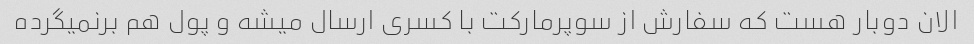
الان دوبار هست که سفارش از سوپرمارکت با کسری ارسال میشه و پول هم برنمیگرده